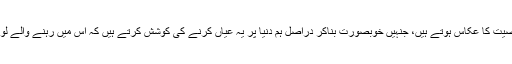
یہ ہماری شخصیت کا عکاس ہوتے ہیں، جنہیں خوبصورت بناکر دراصل ہم دنیا پر یہ عیاں کرنے کی کوشش کرتے ہیں کہ اس میں رہنے والے لوگ کیسے ہیں۔